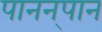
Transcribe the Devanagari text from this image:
पानन्‌पान